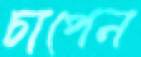
চাপেন